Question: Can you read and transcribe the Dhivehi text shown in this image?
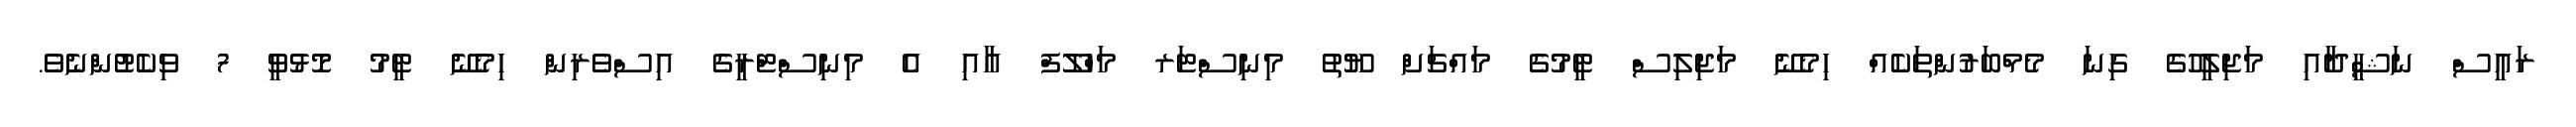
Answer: ރައީސް ނަޝީދާއި މަޖިލީހުގެ ގިނަ މެމްބަރުންތަކެއް ހިމެނޭ މަޖިލިސް ޓީމުގެ މައްޗަށް ޔޫތު މިނިސްޓަރ މަހްލޫފް އާއި އެ މިނިސްޓްރީގެ އިސްވެރިން ހިމެނޭ ޓީމު މޮޅުވީ 7 ވިކެޓުންނެވެ.